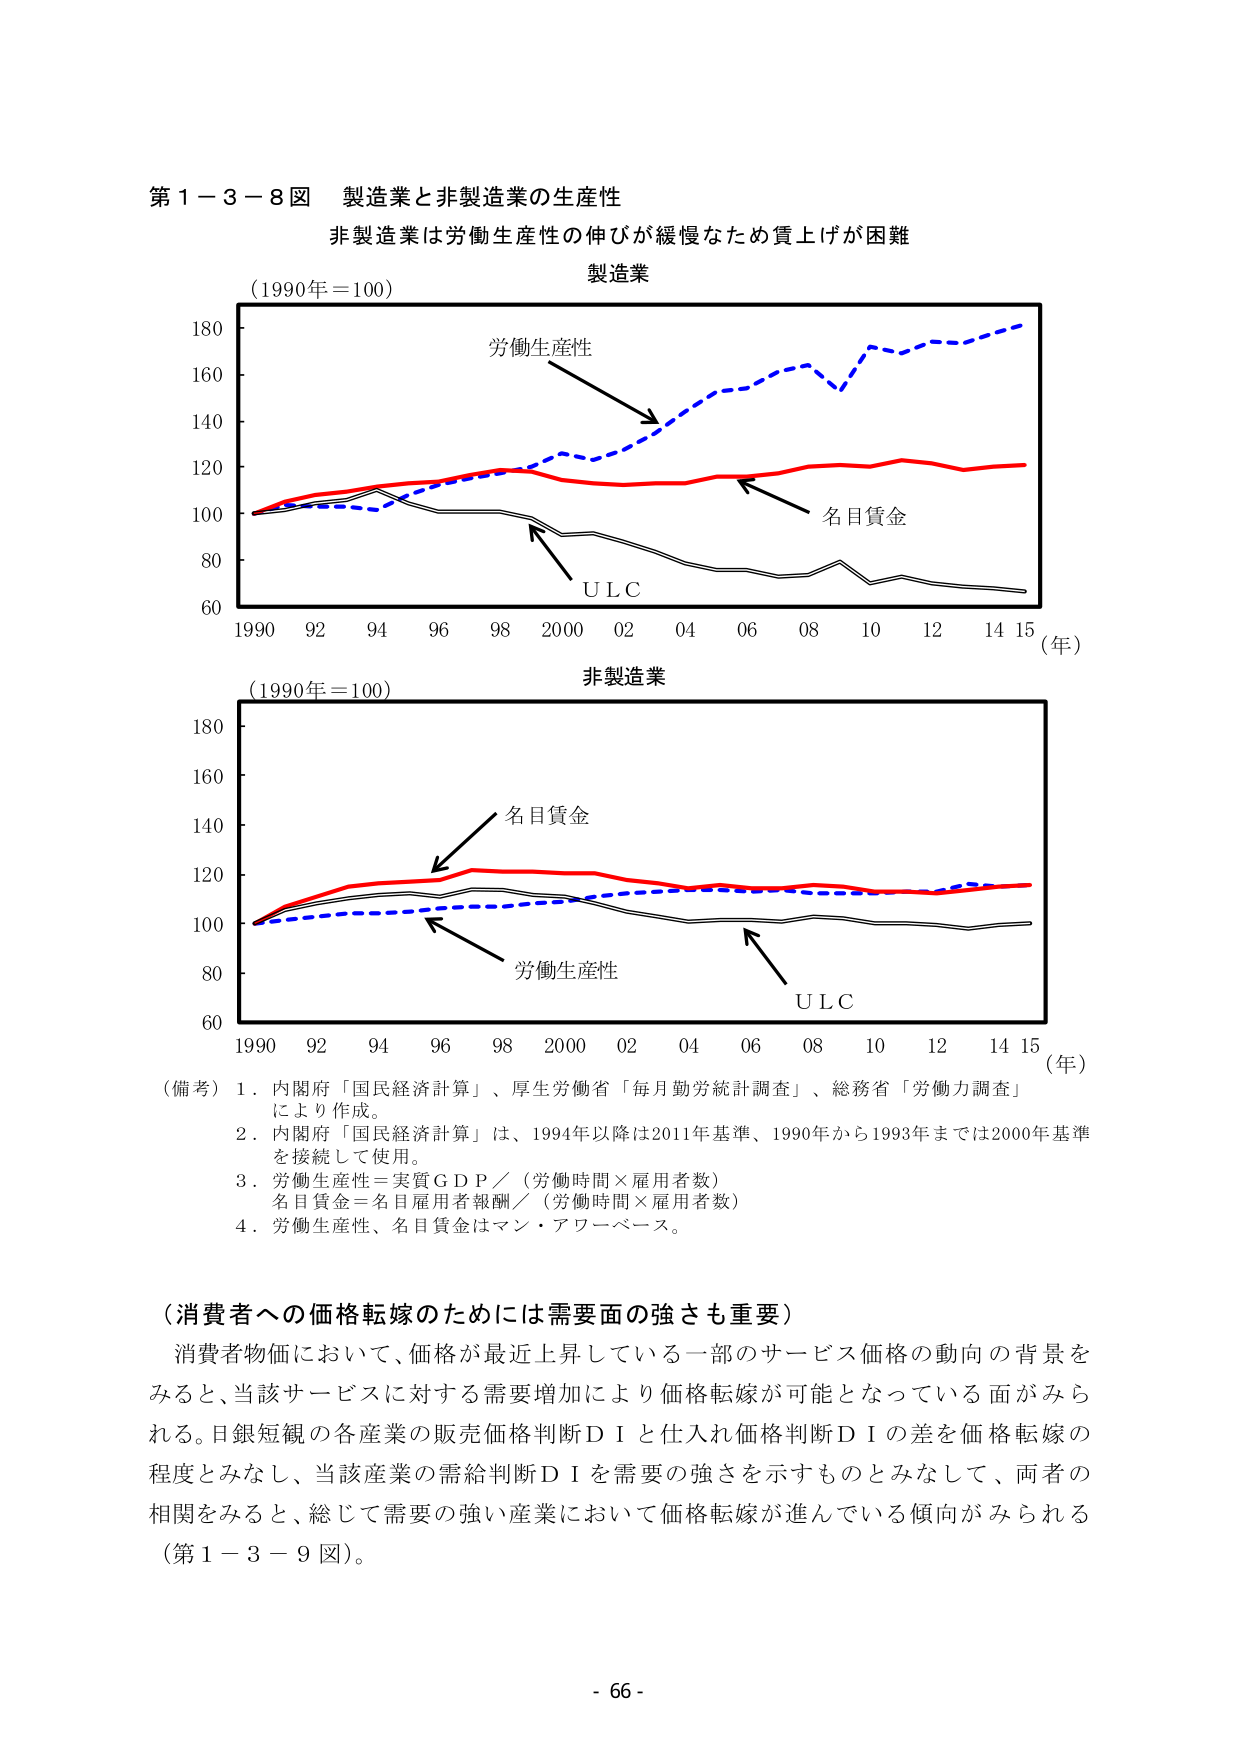
第１－３－８図 製造業と非製造業の生産性
非製造業は労働生産性の伸びが緩慢なため賃上げが困難

（1990年＝100）
製造業
労働生産性
名目賃金
ＵＬＣ
（年）
1990 92 94 96 98 2000 02 04 06 08 10 12 14 15

（1990年＝100）
非製造業
名目賃金
労働生産性
ＵＬＣ
（年）
1990 92 94 96 98 2000 02 04 06 08 10 12 14 15

（備考）
１．内閣府「国民経済計算」、厚生労働省「毎月勤労統計調査」、総務省「労働力調査」により作成。
２．内閣府「国民経済計算」は、1994年以降は2011年基準、1990年から1993年までは2000年基準を接続して使用。
３．労働生産性＝実質ＧＤＰ／（労働時間×雇用者数）
　　名目賃金＝名目雇用者報酬／（労働時間×雇用者数）
４．労働生産性、名目賃金はマン・アワーベース。

（消費者への価格転嫁のためには需要面の強さも重要）
消費者物価において、価格が最近上昇している一部のサービス価格の動向の背景をみると、当該サービスに対する需要増加により価格転嫁が可能となっている面がみられる。日銀短観の各産業の販売価格判断ＤＩと仕入れ価格判断ＤＩの差を価格転嫁の程度とみなし、当該産業の需給判断ＤＩを需要の強さを示すものとみなして、両者の相関をみると、総じて需要の強い産業において価格転嫁が進んでいる傾向がみられる（第１－３－９図）。

- 66 -